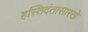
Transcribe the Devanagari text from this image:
हस्तिदंतासारखे